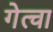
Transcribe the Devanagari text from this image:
गेत्चा